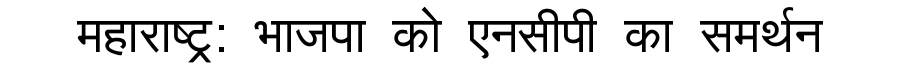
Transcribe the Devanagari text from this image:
महाराष्ट्र: भाजपा को एनसीपी का समर्थन